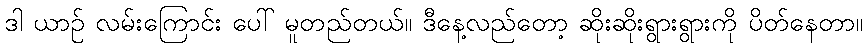
ဒါ ယာဉ် လမ်းကြောင်း ပေါ် မူတည်တယ်။ ဒီနေ့လည်တော့ ဆိုးဆိုးရွားရွားကို ပိတ်နေတာ။